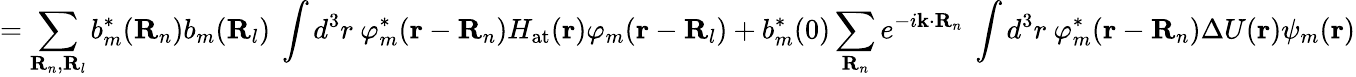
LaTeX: =\sum_{\mathbf{R}_{n},\mathbf{R}_{l}}b_{m}^{*}(\mathbf{R}_{n})b_{m}(\mathbf{R}_{l})\ \int d^{3}r\ \varphi_{m}^{*}(\mathbf{r}-\mathbf{R}_{n})H_{\mathrm{at}}(\mathbf{r})\varphi_{m}(\mathbf{r}-\mathbf{R}_{l})+b_{m}^{*}(0)\sum_{\mathbf{R}_{n}}e^{-i\mathbf{k}\cdot\mathbf{R}_{n}}\ \int d^{3}r\ \varphi_{m}^{*}(\mathbf{r}-\mathbf{R}_{n})\Delta U(\mathbf{r})\psi_{m}(\mathbf{r})